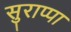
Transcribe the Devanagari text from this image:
सुराप्पा